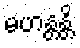
မဟန္တန္တိ